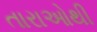
તારાઓથી